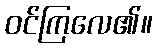
ဝင်ကြလေ၏။